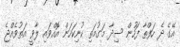
އޭގެ ދެ ހަފްތާ ފަހުން ސިދާ މަގުމަތި ކުނިކަހަން އޮއްވައި ލާވީ އަތުވެއްޖެ